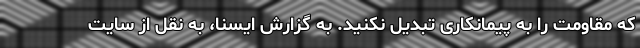
که مقاومت را به پیمانکاری تبدیل نکنید. به گزارش ایسنا، به نقل از سایت